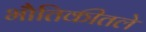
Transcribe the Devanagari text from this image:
भौतिकीतले